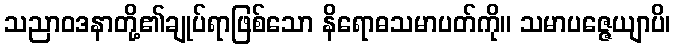
သညာဝဒနာတို့၏ချုပ်ရာဖြစ်သော နိရောဓသမာပတ်ကို။ သမာပဇ္ဇေယျာပိ၊